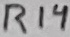
Text: R14